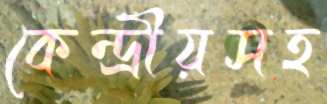
কেন্দ্রীয়সহ